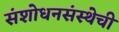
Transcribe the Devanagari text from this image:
संशोधनसंस्थेची